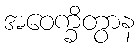
အဝေက္ခိတွာန